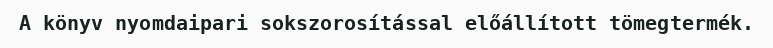
A könyv nyomdaipari sokszorosítással előállított tömegtermék.